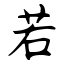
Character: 若